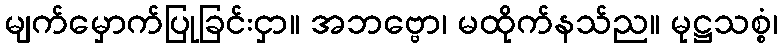
မျက်မှောက်ပြုခြင်းငှာ။ အဘဗ္ဗော၊ မထိုက်နသ်ည။ မုဋ္ဌသစ္စံ၊